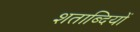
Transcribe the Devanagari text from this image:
शताब्‍दियों